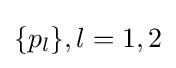
\{p_{l}\},l=1,2